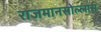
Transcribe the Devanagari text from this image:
राजमानसोल्लास